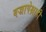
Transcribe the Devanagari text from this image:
वज्रापेक्षाही